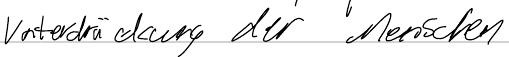
Unterdrückung der Menschen